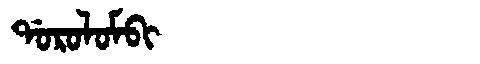
Manchu: ᡩᠣᡵᠣᠯᠣᠮᠪᡳ
Romanization: DOROLOMBI